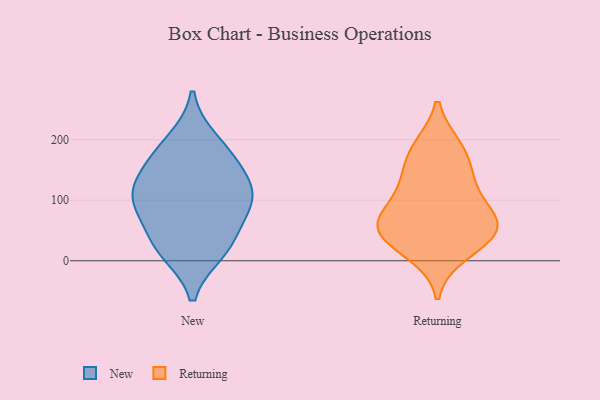
{"axis": {"x": "Backlog", "y": "Value"}, "legend": ["New", "Returning"], "data": [{"x": "", "y": 110, "type": "New"}, {"x": "", "y": 97, "type": "New"}, {"x": "", "y": 166, "type": "New"}, {"x": "", "y": 46, "type": "New"}, {"x": "", "y": 22, "type": "New"}, {"x": "", "y": 158, "type": "New"}, {"x": "", "y": 198, "type": "New"}, {"x": "", "y": 16, "type": "New"}, {"x": "", "y": 106, "type": "New"}, {"x": "", "y": 103, "type": "New"}, {"x": "", "y": 129, "type": "Returning"}, {"x": "", "y": 12, "type": "Returning"}, {"x": "", "y": 145, "type": "Returning"}, {"x": "", "y": 68, "type": "Returning"}, {"x": "", "y": 35, "type": "Returning"}, {"x": "", "y": 61, "type": "Returning"}, {"x": "", "y": 63, "type": "Returning"}, {"x": "", "y": 187, "type": "Returning"}, {"x": "", "y": 40, "type": "Returning"}, {"x": "", "y": 60, "type": "Returning"}, {"x": "", "y": 184, "type": "Returning"}, {"x": "", "y": 106, "type": "Returning"}]}